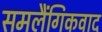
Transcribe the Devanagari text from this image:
समलैंगिकवाद